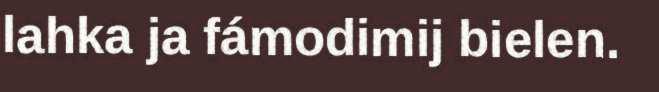
lahka ja fámodimij bielen.